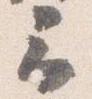
云